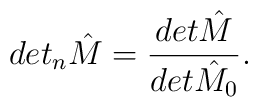
det_n{\hat M}=\frac{det{\hat M}}{det{\hat M_0}}.